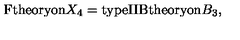
\mathrm { F t h e o r y o n } X _ { 4 } = \mathrm { t y p e I I B t h e o r y o n } B _ { 3 } ,